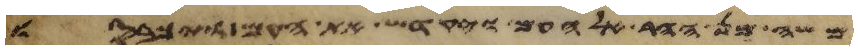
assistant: משה מן ההר אל העם ויקדש את העם ויכבסו